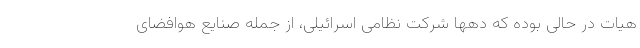
هیات در حالی بوده که دهها شرکت نظامی اسرائیلی، از جمله صنایع هوافضای